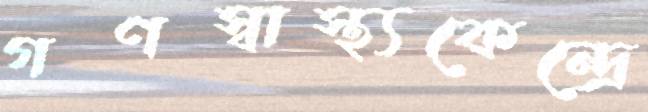
গণস্বাস্থ্যকেন্দ্রে